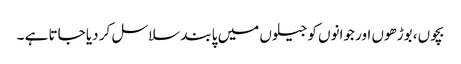
بچوں، بوڑھوں اور جوانوں کو جیلوں میں پابند سلاسل کر دیا جاتا ہے ۔